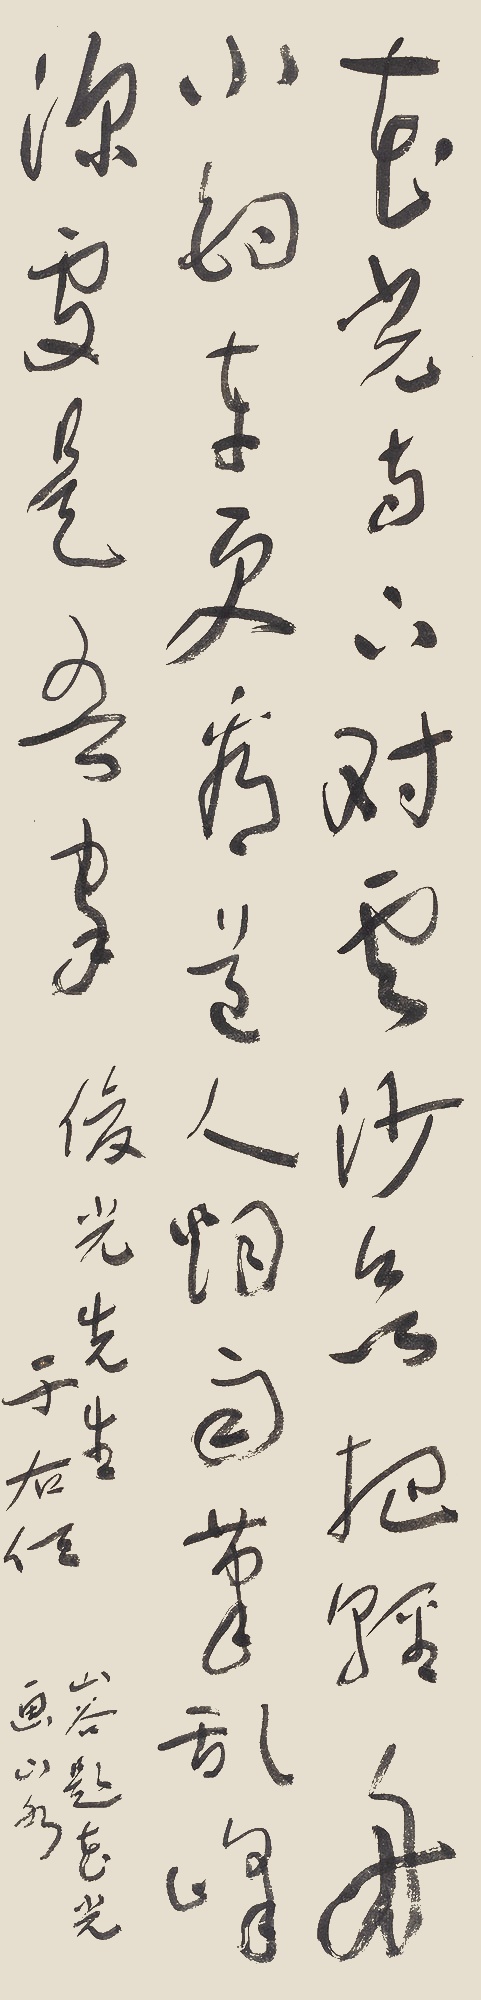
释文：花光寺下对云沙，欲把轻舟小钓车。更看道人烟雨笔，乱峰深处是吾家。俊光先生。于右任。山谷题花光画山水。